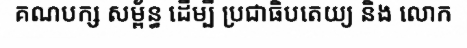
គណបក្ស សម្ព័ន្ធ ដើម្បី ប្រជាធិបតេយ្យ និង លោក